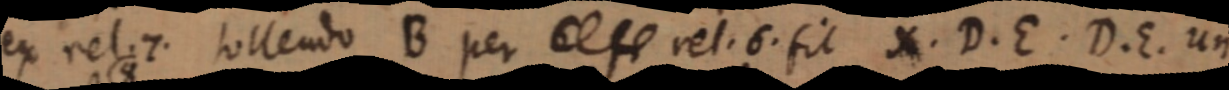
ex rel. 4. tollendo B per _ vel. 6. fit X. D. E. D. E. un